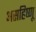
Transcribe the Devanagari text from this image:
असहिष्णू